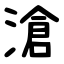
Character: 滄